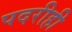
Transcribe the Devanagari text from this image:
पदरीही